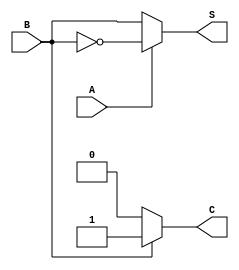

module halfadder(A,B,S,C);
input A,B;
output reg S,C;

always @(*)
begin
  if(A==1'b0)
    begin
		S=B;
		C=0;
    end
else
  begin
		S=~B;
		C=0;
  end
  if(B==1'b1)
		C=1;
end
endmodule